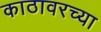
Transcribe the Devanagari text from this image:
काठावरच्या